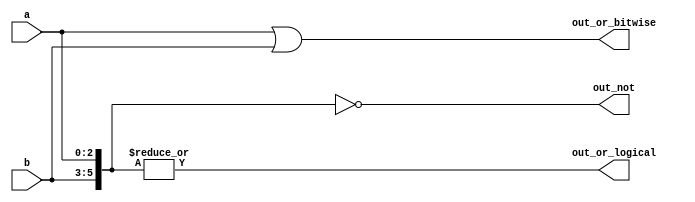
// SPDX-License-Identifier: MIT

module top_module( 
    input [2:0] a,
    input [2:0] b,
    output [2:0] out_or_bitwise,
    output out_or_logical,
    output [5:0] out_not
);
    assign out_or_bitwise = a | b;
    assign out_or_logical = |{a, b};
    assign out_not = ~{b, a};

endmodule